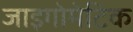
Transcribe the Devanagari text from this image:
जाइगोमेटिक